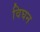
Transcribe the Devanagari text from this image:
विघन